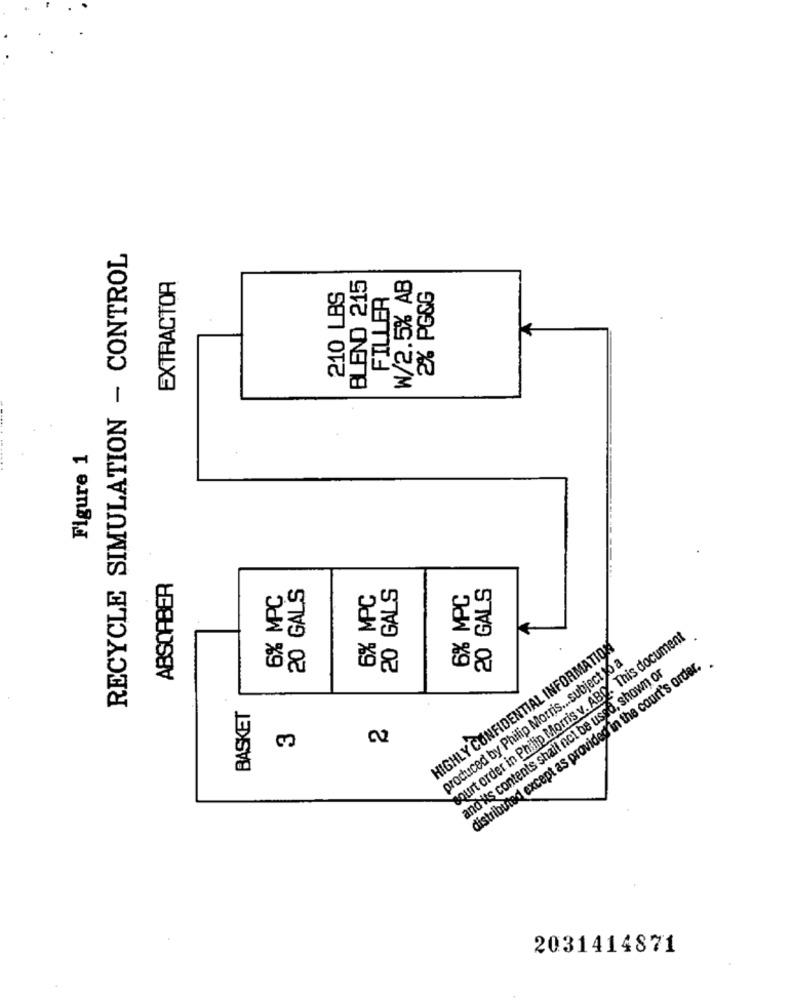
RECYCLE SIMULATION - CONTROL
BLEND 215
W/2.5% AB
EXTRACTOR
210 LBS
FILLER
2% PG&G
Figure 1
ABSORBER
20 GALS
20 GALS
20 GALS
6% MPC
6% MPC
6% MPC
K
sourt order in Philip Morris v. ABD. This document
HIGHLY CONFIDENTIAL INFORMATION
produced by Philip Morris ... subject o a
distributed except as provided in the court's order.
and its contents shall not be used, shown or
BASKET
2031414871